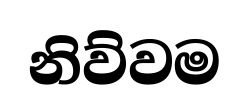
නිව්වම